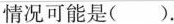
情况可能是()。